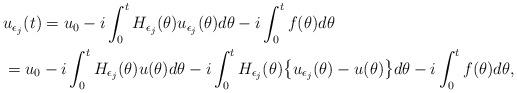
LaTeX: \begin{align*} & u_{\epsilon_j}(t) = u_0 -i \int_0^tH_{\epsilon_j}(\theta)u_{\epsilon_j}(\theta)d\theta - i \int_0^tf(\theta)d\theta \\& = u_0 -i \int_0^tH_{\epsilon_j}(\theta)u(\theta)d\theta -i \int_0^tH_{\epsilon_j}(\theta)\bigl\{u_{\epsilon_j}(\theta)- u(\theta)\bigr\}d\theta - i \int_0^tf(\theta)d\theta, \end{align*}